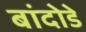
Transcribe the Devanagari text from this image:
बांदोडे